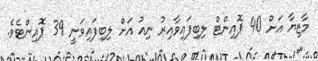
މާޒިޔާ އަށް 40 ޕޮއިންޓް ލިބިފައިވާއިރު ނިއު އަށް ލިބިފައިވަނީ 39 ޕޮއިންޓެވެ.